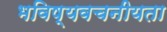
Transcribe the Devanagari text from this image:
भविष्‍यवचनीयता